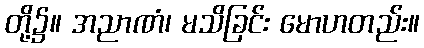
တို့၌။ အညာဏံ၊ မသိခြင်း မောဟတည်း။